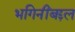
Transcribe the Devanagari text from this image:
भगिनींबद्दल